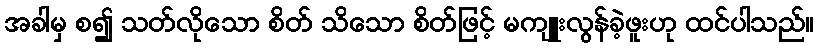
အခါမှ စ၍ သတ်လိုသော စိတ် သိသော စိတ်ဖြင့် မကျူးလွန်ခဲ့ဖူးဟု ထင်ပါသည်။